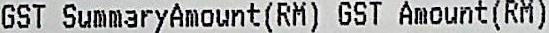
GST SUMMARYAMOUNT(RM) GST AMOUNT(RM)